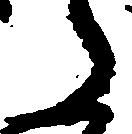
た